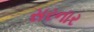
સરનાર